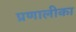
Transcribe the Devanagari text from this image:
प्रणालीका